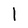
Character: 1